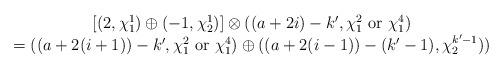
LaTeX: \begin{align*}\begin{array}{c}[(2,\chi_{1}^{1}) \oplus (-1,\chi_{2}^{1})]\otimes ((a+2i)-k',\chi_1^{2} ~$or$~ \chi_1^{4}) \\=((a+2(i+1))-k',\chi_1^{2} ~$or$~ \chi_1^{4}) \oplus ((a+2(i-1))-(k'-1),\chi_{2}^{k'-1}))\end{array}\end{align*}